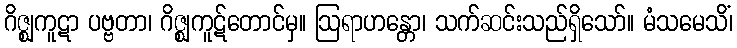
ဂိဇ္ဈကူဋာ ပဗ္ဗတာ၊ ဂိဇ္ဈကူဋ်တောင်မှ။ ဩရာဟန္တော၊ သက်ဆင်းသည်ရှိသော်။ မံသမေသိံ၊